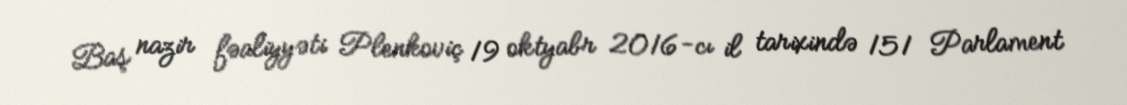
Baş nazir fəaliyyəti Plenkoviç 19 oktyabr 2016-cı il tarixində 151 Parlament